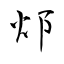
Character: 邩